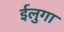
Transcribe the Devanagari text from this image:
ईलुगा